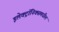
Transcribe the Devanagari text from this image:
इलेक्ट्रॉनिक्समधील